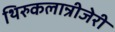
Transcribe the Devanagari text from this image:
थिरुकलान्रीजेरी